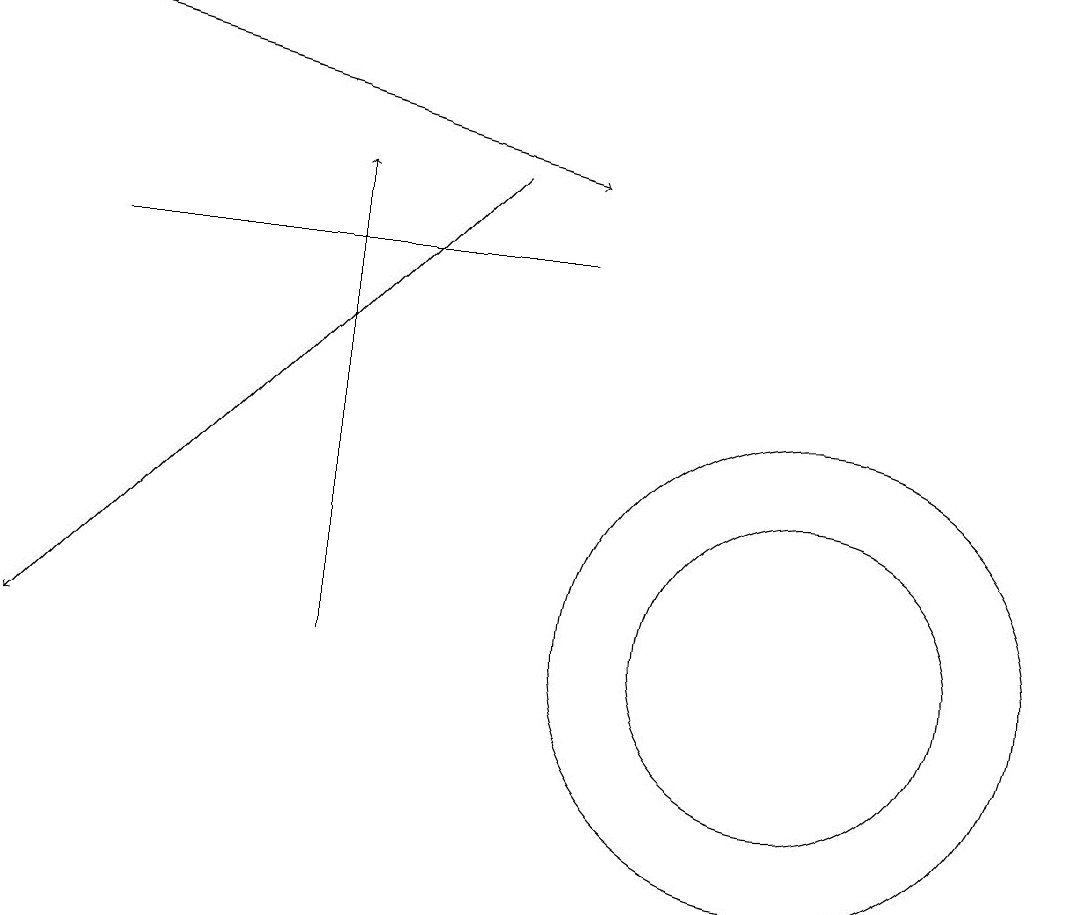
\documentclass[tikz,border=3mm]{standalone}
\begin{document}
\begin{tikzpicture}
\draw[->] (0,18) -- (7,16);
\draw[->] (4,10) -- (4,16);
\draw (10,10) circle (3);
\draw (10,10) circle (2);
\draw (1,15) rectangle (7,15);
\draw[->] (6,16) -- (0,10);
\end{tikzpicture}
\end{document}